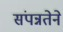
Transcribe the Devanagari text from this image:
संपन्नतेने